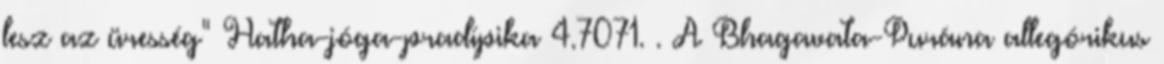
lesz az üresség" Hatha-jóga-pradípika 4.7071. . A Bhagavata-Purána allegórikus